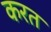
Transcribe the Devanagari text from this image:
करत